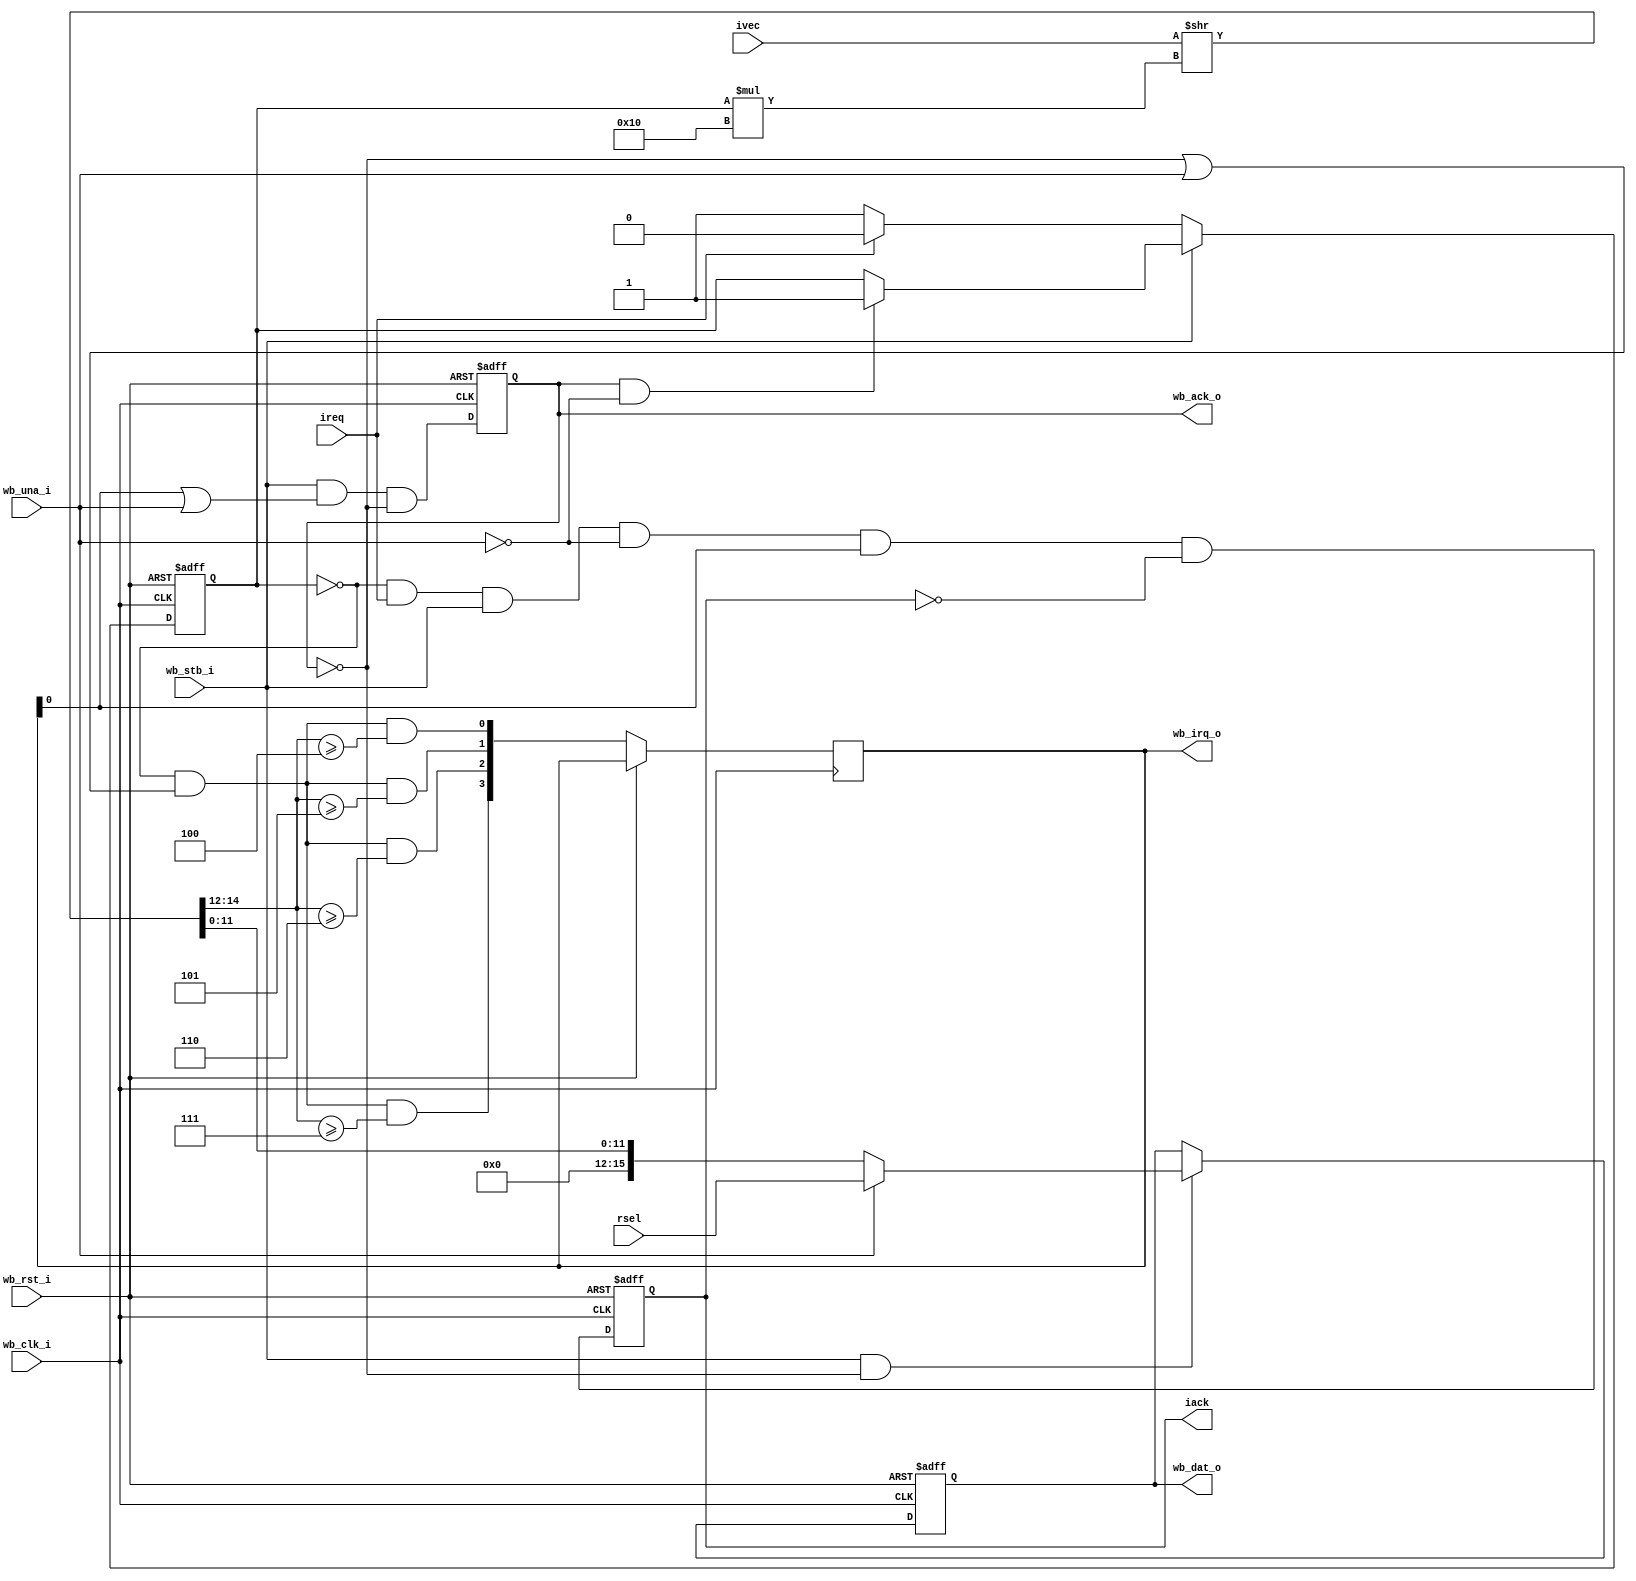
//
// Copyright (c) 2014-2019 by 1801BM1@gmail.com
//
// Vectored interrupt controller
//
// - Wishbone compatible
// - Parametrized with vectors and number of interrupts
//______________________________________________________________________________
//
module wbc_vic #(parameter N=1)
(
   input                wb_clk_i,   // system clock
   input                wb_rst_i,   // peripheral reset
   output reg  [7:4]    wb_irq_o,   // vectored interrupt request
   output reg  [15:0]   wb_dat_o,   // interrupt vector output
   input                wb_stb_i,   // interrupt vector strobe
   output reg           wb_ack_o,   // interrupt vector acknowledgement
   input                wb_una_i,   // unaddressed read tag
                                    //
   input        [15:0]  rsel,       // unaddressed read content
   input    [N*16-1:0]  ivec,       // interrupt vector prio/values
   input       [N-1:0]  ireq,       // interrupt request lines
   output reg  [N-1:0]  iack        // interrupt acknowledgements
);
localparam W = log2(N);
//
// Contains the current interrupt number with highest priority or 1's if no any
//
reg   [W-1:0] nvec;
integer i;

always @(posedge wb_clk_i or posedge wb_rst_i)
begin
   if (wb_rst_i)
   begin
      wb_ack_o <= 1'b0;
      wb_dat_o <= 16'O000000;
      iack     <= 0;
      nvec     <= {(W){1'b1}};
   end
   else
   begin
      wb_ack_o <= wb_stb_i & (wb_irq_o[4] | wb_una_i) & ~wb_ack_o;
      wb_irq_o[4] <= ~(&nvec) & (~wb_ack_o | wb_una_i) & (trunc_w3(ivec >> (nvec*16)) >= 3'o4);
      wb_irq_o[5] <= ~(&nvec) & (~wb_ack_o | wb_una_i) & (trunc_w3(ivec >> (nvec*16)) >= 3'o5);
      wb_irq_o[6] <= ~(&nvec) & (~wb_ack_o | wb_una_i) & (trunc_w3(ivec >> (nvec*16)) >= 3'o6);
      wb_irq_o[7] <= ~(&nvec) & (~wb_ack_o | wb_una_i) & (trunc_w3(ivec >> (nvec*16)) >= 3'o7);

      for (i=N-1; i>=0; i=i-1)
         iack[i] <= (nvec == i) & ireq[i] & wb_stb_i & ~wb_una_i & wb_irq_o[4] & ~iack[i];

      if (wb_stb_i & ~wb_ack_o)
         if (wb_una_i)
            wb_dat_o <= rsel;
         else
            wb_dat_o <= trunc_w16(ivec >> (nvec*16));

      if (~wb_stb_i)
      begin
         nvec <= {(W){1'b1}};
         for (i=N-1; i>=0; i=i-1)
            if (ireq[i]) nvec <= trunc_int(i);
      end
      else
         if (wb_ack_o & ~wb_una_i)
            nvec <= {(W){1'b1}};
   end
end

function integer log2(input integer value);
   for (log2=0; value>0; log2=log2+1)
      value = value >> 1;
endfunction

function [15:0] trunc_w16(input [N*16-1:0] value);
   trunc_w16 = {4'b0000, value[11:0]}; // [11:0] provide vector
endfunction

function [15:0] trunc_w3(input [N*16-1:0] value);
   trunc_w3 = value[14:12];            // [14:12] provide priority
endfunction

function [W-1:0] trunc_int(input integer value);
   trunc_int = value[W-1:0];
endfunction
endmodule